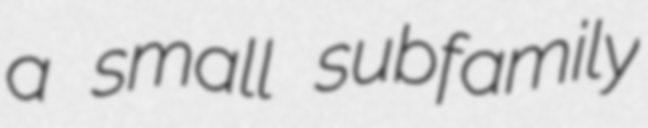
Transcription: a small subfamily